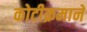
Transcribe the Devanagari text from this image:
कोटीक्रमाने